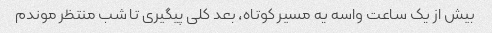
بیش از یک ساعت واسه یه مسیر کوتاه، بعد کلی پیگیری تا شب منتظر موندم